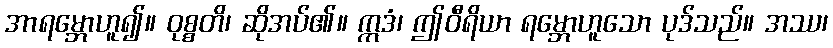
အာရမ္ဘောဟူ၍။ ဝုစ္စတိ၊ ဆိုအပ်၏။ ဣဒံ၊ ဤဝီရိယာ ရမ္ဘောဟူသော ပုဒ်သည်။ အဿ၊